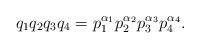
LaTeX: \begin{align*}q_1q_2q_3q_4 = p_1^{\alpha_1}p_2^{\alpha_2}p_3^{\alpha_3}p_4^{\alpha_4}.\end{align*}